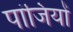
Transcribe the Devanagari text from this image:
पांजियों